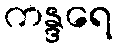
ကန္ဒရေ